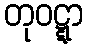
တုဝဋ္ဋာ